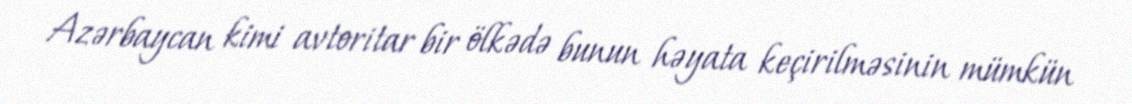
Azərbaycan kimi avtoritar bir ölkədə bunun həyata keçirilməsinin mümkün